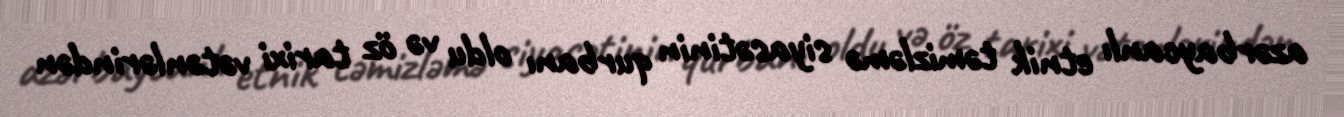
azərbaycanlı etnik təmizləmə siyasətinin qurbanı oldu və öz tarixi vətənlərindən